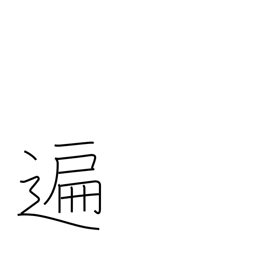
Meaning: generally